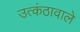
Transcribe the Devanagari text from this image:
उत्कंठावाले